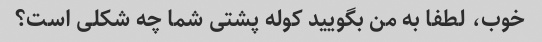
خوب، لطفا به من بگویید کوله پشتی شما چه شکلی است؟